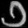
Digit: ၁